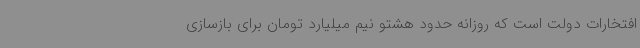
افتخارات دولت است که روزانه حدود هشتو نیم میلیارد تومان برای بازسازی